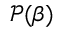
\mathscr { P } ( \beta )